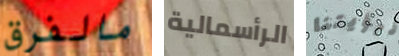
مالفرق الرأسمالية لرؤيتنا